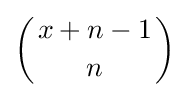
\left({x+n-1 \atop n}\right)